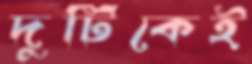
দুটিকেই